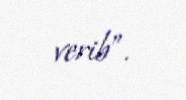
verib”.